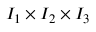
I _ { 1 } \times I _ { 2 } \times I _ { 3 }